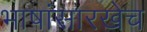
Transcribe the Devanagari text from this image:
भाषांसारखेच